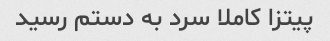
پیتزا کاملا سرد به دستم رسید